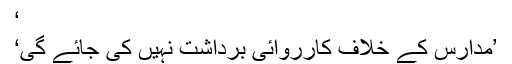
‘
’مدارس کے خلاف کارروائی برداشت نہیں کی جائے گی‘